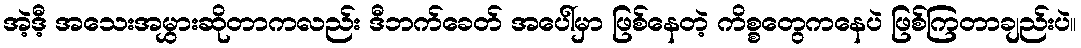
အဲ့ဒီ့ အသေးအမွှားဆိုတာကလည်း ဒီဘက်ခေတ် အပေါ်မှာ ဖြစ်နေတဲ့ ကိစ္စတွေကနေပဲ ဖြစ်ကြတာချည်းပဲ။